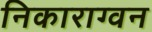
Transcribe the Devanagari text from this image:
निकाराग्वन